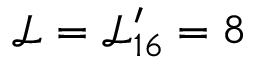
\mathcal { L } = \mathcal { L } _ { 1 6 } ^ { \prime } = 8